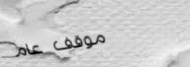
موقف عام